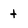
Character: t